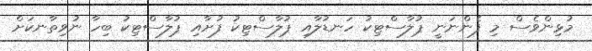
މުޅިންވެސް މި ފެންނަނީ ޕުލާސްޓިކު ހަނޑުލާއި ޕުލާސްޓިކު ފުށާއި ޕުލާސްޓިކު ބިހާ ނުވިތާނކަށް